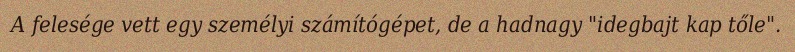
A felesége vett egy személyi számítógépet, de a hadnagy "idegbajt kap tőle".